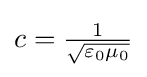
{\textstyle c={\frac {1}{\sqrt {\varepsilon _{0}\mu _{0}}}}}